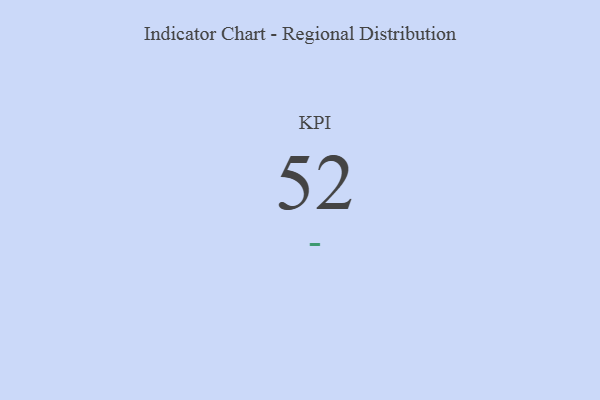
{"axis": {"x": "KPI", "y": "Value"}, "legend": [""], "data": [{"x": "KPI", "y": 52, "type": ""}]}